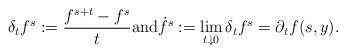
LaTeX: \begin{align*}\delta_t f^s := \frac{f^{s+t} -f^s}{t} \mbox{and} \dot f^s := \lim_{t\downarrow 0}\delta_t f^s = \partial_t f(s,y).\end{align*}